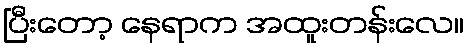
ပြီးတော့ နေရာက အထူးတန်းလေ။